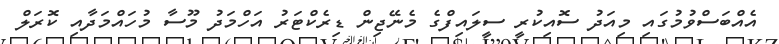
އެއްބަސްވުމުގައި މިއަދު ސޮއިކުރީ ސީލައިފްގެ މެނޭޖިން ޑިރެކްޓަރު އަހްމަދު މޫސާ މުހައްމަދާއި ކޮރަލް